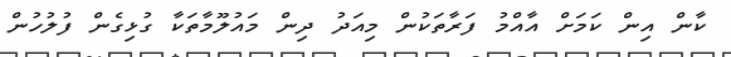
ކާން އިން ކަމަށް އާއްމު ފަރާތަކުން މިއަދު ދިން މައުލޫމާތަކާ ގުޅިގެން ފުލުހުން